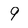
Character: 9